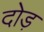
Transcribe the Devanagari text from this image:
दोड़